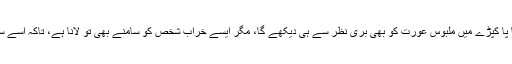
آپ نے درست کہا کہ خراب شخص تو سرتا پا کپڑے میں ملبوس عورت کو بھی بری نظر سے ہی دیکھے گا، مگر ایسے خراب شخص کو سامنے بھی تو لانا ہے، تاکہ اسے سزا دے کر معاشرے کو اس سے پاک کریں۔